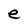
Character: e